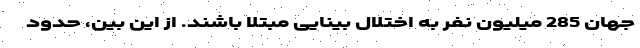
جهان 285 میلیون نفر به اختلال بینایی مبتلا باشند. از این بین، حدود